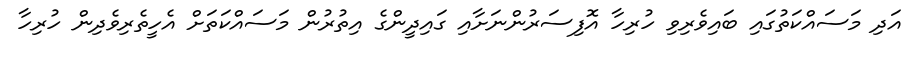
އަދި މަސައްކަތުގައި ބައިވެރިވި ހުރިހާ އޮފިސަރުންނަށާއި ގައިދީންގެ އިތުރުން މަސައްކަތަށް އެހީތެރިވެދިން ހުރިހާ